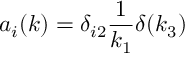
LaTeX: a _ { i } ( k ) = \delta _ { i 2 } \frac { 1 } { k _ { 1 } } \delta ( k _ { 3 } )